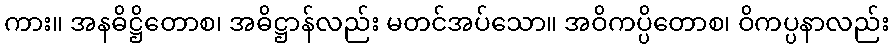
ကား။ အနဓိဋ္ဌိတောစ၊ အဓိဋ္ဌာန်လည်း မတင်အပ်သော။ အဝိကပ္ပိတောစ၊ ဝိကပ္ပနာလည်း